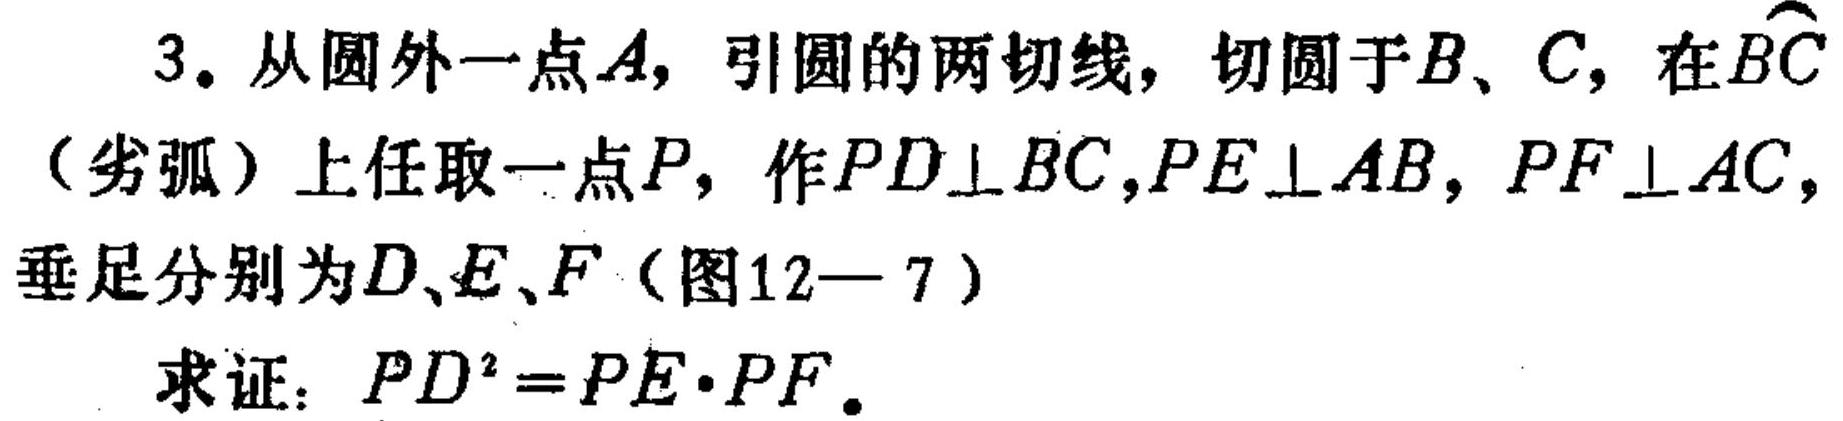
3. 从圆外一点\(A\)，引圆的两切线，切圆于\(B\)、\(C\)，在\(\overset{\frown}{BC}\)（劣弧）上任取一点\(P\)，作\(PD\perp BC\)，\(PE\perp AB\)，\(PF\perp AC\)，垂足分别为\(D\)、\(E\)、\(F\)（图12—7）
求证：\(PD^{2}=PE\cdot PF\)。